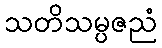
သတိသမ္ပဇညံ